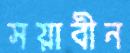
সয়াবীন